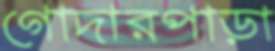
গোদারপাড়া